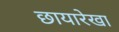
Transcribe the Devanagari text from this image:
छायारेखा